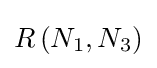
R\left(N_{1},N_{3}\right)